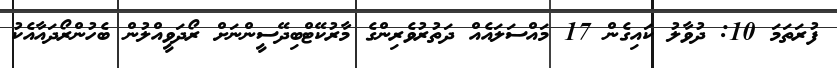
ފުރަތަމަ 10: ދުވާލު ކައިގެން 17 މައްސަލައެއް ދަތުރުވެރިންގެ މާރުކޭޓްބިދޭސީންނަށް ރޯދަވީއްލުން ބެހުންރޯދައާއެކު